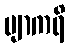
ဗျာကရိ